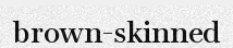
brown-skinned